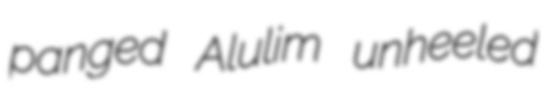
panged Alulim unheeled